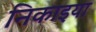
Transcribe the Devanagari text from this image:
निकाइया